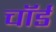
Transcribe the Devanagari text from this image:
चॉर्ड